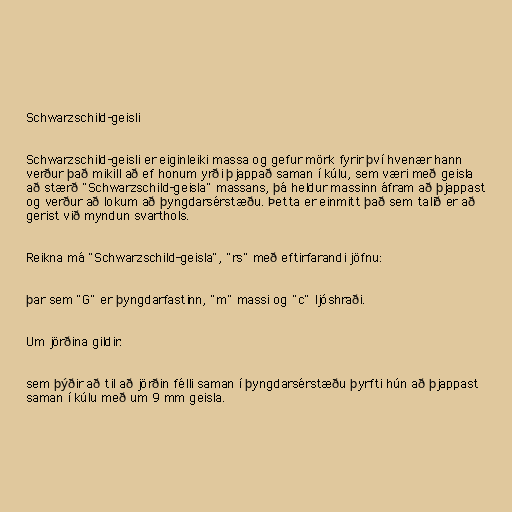
Schwarzschild-geisli

Schwarzschild-geisli er eiginleiki massa og gefur mörk fyrir því hvenær hann
verður það mikill að ef honum yrði þjappað saman í kúlu, sem væri með geisla
að stærð "Schwarzschild-geisla" massans, þá heldur massinn áfram að þjappast
og verður að lokum að þyngdarsérstæðu. Þetta er einmitt það sem talið er að
gerist við myndun svarthols.

Reikna má "Schwarzschild-geisla", "rs" með eftirfarandi jöfnu:

þar sem "G" er þyngdarfastinn, "m" massi og "c" ljóshraði.

Um jörðina gildir:

sem þýðir að til að jörðin félli saman í þyngdarsérstæðu þyrfti hún að þjappast
saman í kúlu með um 9 mm geisla.